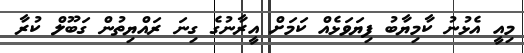
މިއީ އެޅުނު ކާމިޔާބު ފިޔަވަޅެއް ކަމަށް އީރާނުގެ ގިނަ ރައްޔިތުން ގަބޫލް ކުރާ